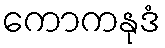
ကောကနုဒံ